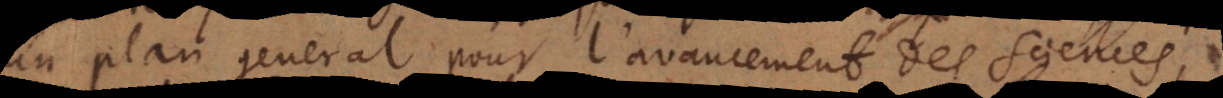
un plan general pour l’avancement de sciences,